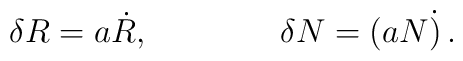
\delta R = a\dot R,\qquad\qquad \delta N = (aN\dot ) \,.